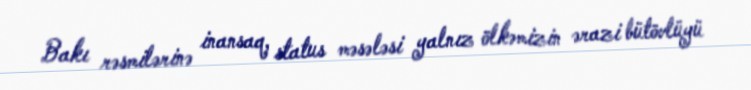
Bakı rəsmilərinə inansaq, status məsələsi yalnız ölkəmizin ərazi bütövlüyü